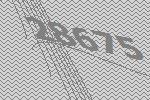
28675